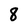
Character: 8